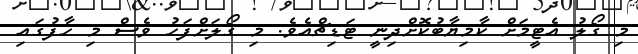
މި ގޯލު އެޓީމަށް ކާމިޔާބުކޮށްދިނީ ޓަޑިޗްއެވެ. މި ގޯލަށްފަހު ވެސް މި ހާފުގައި